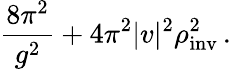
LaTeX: \frac{8\pi^{2}}{g^{2}}+4\pi^{2}|v|^{2}\rho_{\mathrm{inv}}^{2}\, .